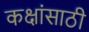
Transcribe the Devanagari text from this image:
कक्षांसाठी